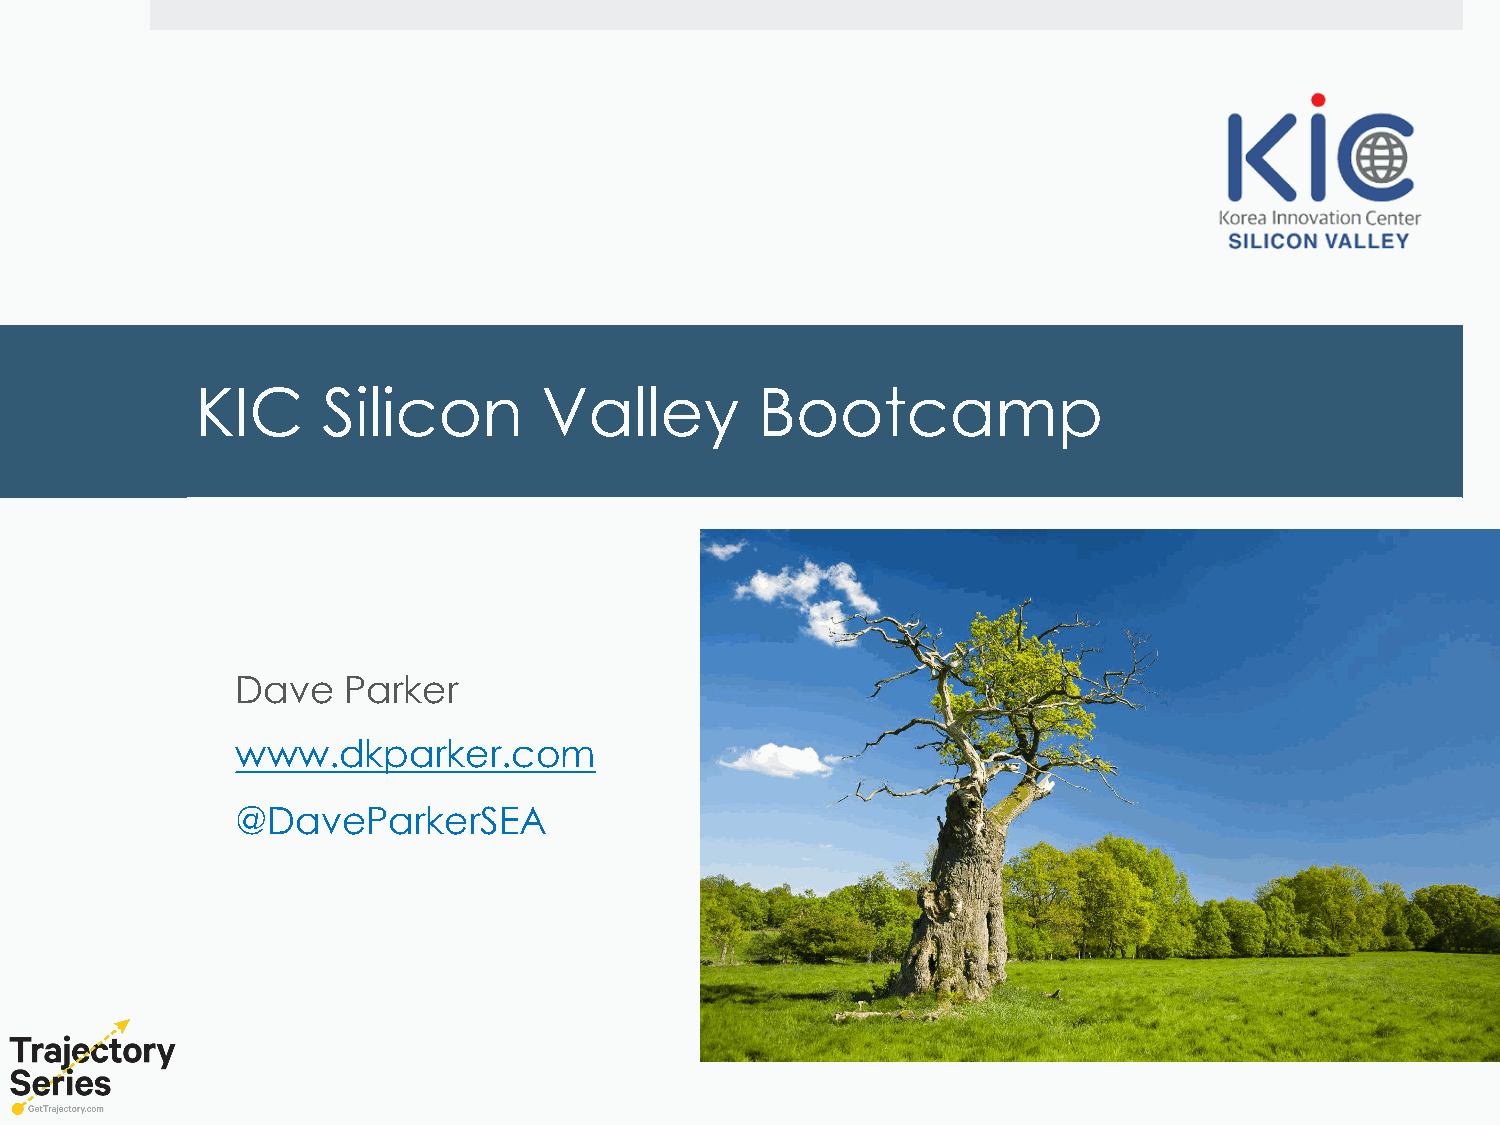
KIC     Silicon        Valley        Bootcamp
 Dave   Parker
 www.dkparker.com
 @DaveParkerSEA
 Copyright, DKParker, LLC 2020